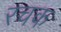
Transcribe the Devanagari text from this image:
रचक